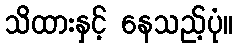
သိထားနှင့် နေသည့်ပုံ။